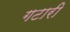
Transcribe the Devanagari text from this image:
गटारी